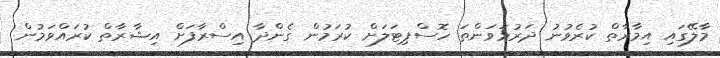
މާލޭގައި އިމާރާތް ކުރެވުނު ދަރުމަވަންތަ ހޮސްޕިޓަލަށް ކުރަމުން ގެންދާ އިސްރާފަށް އިޝާރާތް ކުރައްވަމުން